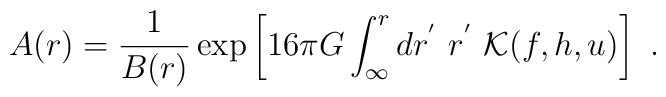
A(r)=\frac1{B(r)}\exp\left[16\pi G\int_\infty^rdr^{'}\ r^{'}\ {\cal K}(f,h,u)\right] \ .